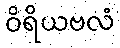
ဝိရိယဗလံ